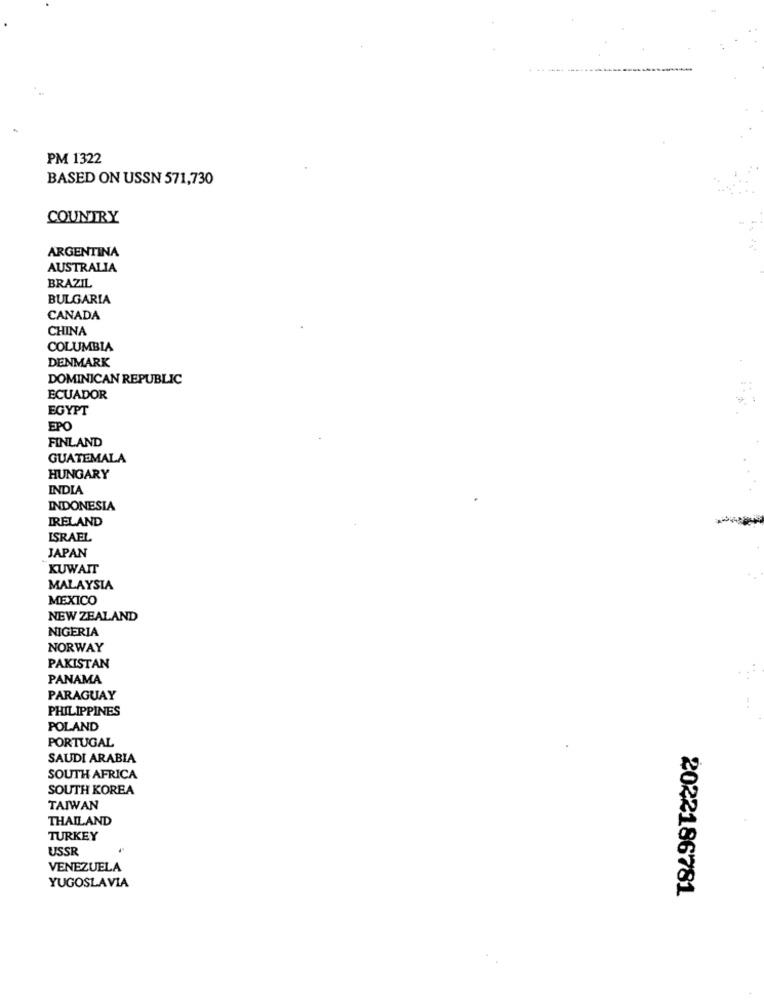
PM 1322
BASED ON USSN 571,730
COUNTRY
ARGENTINA
AUSTRALIA
BRAZIL
BULGARIA
CANADA
CHINA
COLUMBIA
DENMARK
DOMINICAN REPUBLIC
ECUADOR
EGYPT
EPO
FINLAND
GUATEMALA
HUNGARY
INDIA
INDONESIA
IRELAND
ISRAEL
JAPAN
KUWAIT
MALAYSIA
MEXICO
NEW ZEALAND
NIGERIA
NORWAY
PAKISTAN
PANAMA
PARAGUAY
PHILIPPINES
POLAND
PORTUGAL
SAUDI ARABIA
SOUTH AFRICA
SOUTH KOREA
TAIWAN
THAILAND
TURKEY
USSR
VENEZUELA
YUGOSLAVIA
2022186781